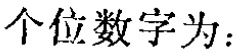
个位数字为：